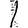
Digit: 1